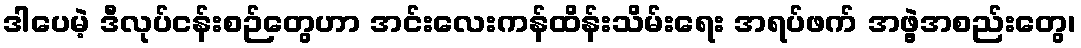
ဒါပေမဲ့ ဒီလုပ်ငန်းစဉ်တွေဟာ အင်းလေးကန်ထိန်းသိမ်းရေး အရပ်ဖက် အဖွဲ့အစည်းတွေ၊